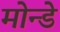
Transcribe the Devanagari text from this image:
मोन्डे